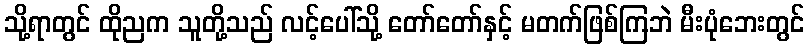
သို့ရာတွင် ထိုညက သူတို့သည် လင့်ပေါ်သို့ တော်တော်နှင့် မတက်ဖြစ်ကြဘဲ မီးပုံဘေးတွင်